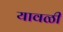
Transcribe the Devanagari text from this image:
यावळी